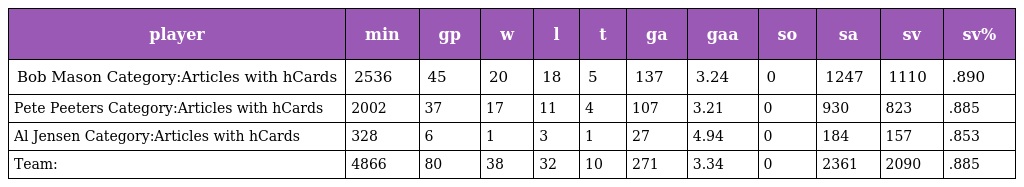
| player | min | gp | w | l | t | ga | gaa | so | sa | sv | sv% |
 | --- | --- | --- | --- | --- | --- | --- | --- | --- | --- | --- | --- |
 | Bob Mason Category:Articles with hCards | 2536 | 45 | 20 | 18 | 5 | 137 | 3.24 | 0 | 1247 | 1110 | .890 |
 | Pete Peeters Category:Articles with hCards | 2002 | 37 | 17 | 11 | 4 | 107 | 3.21 | 0 | 930 | 823 | .885 |
 | Al Jensen Category:Articles with hCards | 328 | 6 | 1 | 3 | 1 | 27 | 4.94 | 0 | 184 | 157 | .853 |
 | Team: | 4866 | 80 | 38 | 32 | 10 | 271 | 3.34 | 0 | 2361 | 2090 | .885 |